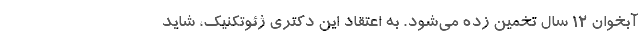
آبخوان ۱۲ سال تخمین زده می‌شود. به اعتقاد این دکتری ژئوتکنیک، شاید